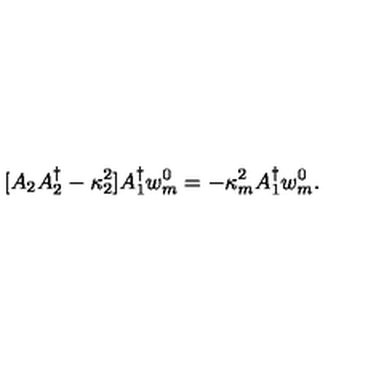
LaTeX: [ A _ { 2 } A _ { 2 } ^ { \dagger } - \kappa _ { 2 } ^ { 2 } ] A _ { 1 } ^ { \dagger } w _ { m } ^ { 0 } = - \kappa _ { m } ^ { 2 } A _ { 1 } ^ { \dagger } w _ { m } ^ { 0 } .